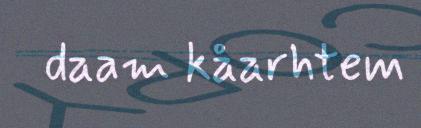
daam kåarhtem